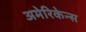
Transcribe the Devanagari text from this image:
अमेरिकेन्स